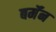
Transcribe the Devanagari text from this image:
बर्मॅन